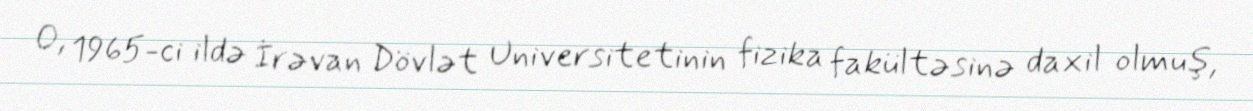
O, 1965-ci ildə İrəvan Dövlət Universitetinin fizika fakültəsinə daxil olmuş,